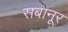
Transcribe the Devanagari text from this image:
सबानूर